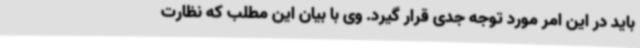
باید در این امر مورد توجه جدی قرار گیرد. وی با بیان این مطلب که نظارت